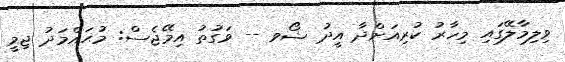
ވިލިމާލޭގައި މިހާރު ކުރިއަށްދާ އީދު ޝޯވ -- ވަގުތު އިމޭޖެސް: މުޙައްމަދު ޖިމީ